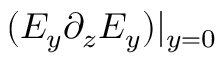
( E _ { y } \partial _ { z } E _ { y } ) | _ { y = 0 }